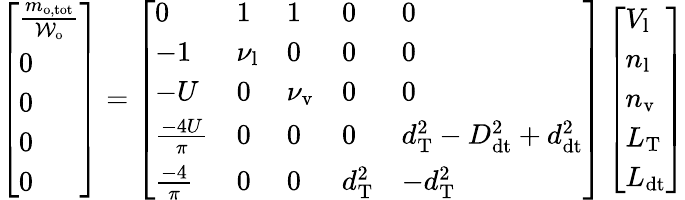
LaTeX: \left[\begin{array}{l}{\frac{m_{\mathrm{o,tot}}}{\mathcal{W}_{\mathrm{o}}}}\\ {0}\\ {0}\\ {0}\\ {0}\end{array}\right]=\left[\begin{array}{lllll}{0}&{1}&{1}&{0}&{0}\\ {-1}&{\nu_{\mathrm{l}}}&{0}&{0}&{0}\\ {-U}&{0}&{\nu_{\mathrm{v}}}&{0}&{0}\\ {\frac{-4U}{\pi}}&{0}&{0}&{0}&{d_{\mathrm{T}}^{2}-D_{\mathrm{dt}}^{2}+d_{\mathrm{dt}}^{2}}\\ {\frac{-4}{\pi}}&{0}&{0}&{d_{\mathrm{T}}^{2}}&{-d_{\mathrm{T}}^{2}}\end{array}\right]\left[\begin{array}{l}{V_{\mathrm{l}}}\\ {n_{\mathrm{l}}}\\ {n_{\mathrm{v}}}\\ {L_{\mathrm{T}}}\\ {L_{\mathrm{dt}}}\end{array}\right]